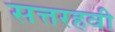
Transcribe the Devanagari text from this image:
सत्तरहवी